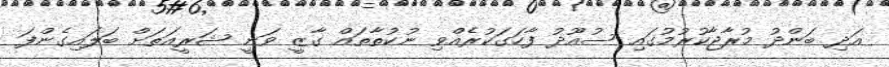
އަދި ބަންދު މުރާޖާކުރުމުގައި ސުއޫދު ފާހަގަކުރެއްވި ނުކުތާތައް ގާޒީ ވަނީ ޝަރީއަތަށް ބަލައިގެންފަ